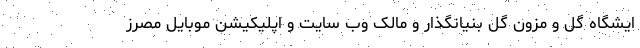
ایشگاه گل و مزون گل بنیانگذار و مالک وب سایت و اپلیکیشن موبایل مصرز